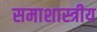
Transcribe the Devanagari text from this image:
समाशास्त्रीय